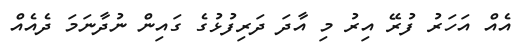
އެއް އަހަރު ފުރޭ އިރު މި އާދަ ދަރިފުޅުގެ ގައިން ނުދާނަމަ ދެއެއް